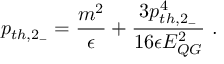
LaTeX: p _ { t h , 2 _ { - } } = { \frac { m ^ { 2 } } { \epsilon } } + { \frac { 3 p _ { t h , 2 _ { - } } ^ { 4 } } { 1 6 \epsilon E _ { Q G } ^ { 2 } } } ~ .